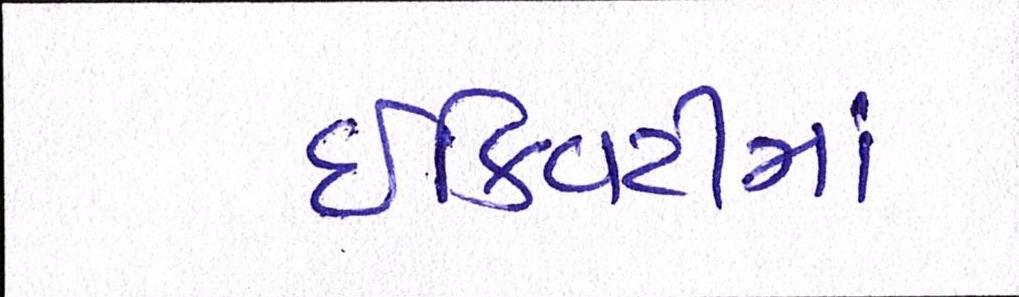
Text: ઇક્વિટીમાં